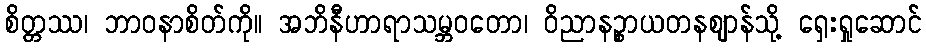
စိတ္တဿ၊ ဘာဝနာစိတ်ကို။ အဘိနီဟာရာသမ္ဘဝတော၊ ဝိညာနဉ္စာယတနဈာန်သို့ ရှေးရှုဆောင်